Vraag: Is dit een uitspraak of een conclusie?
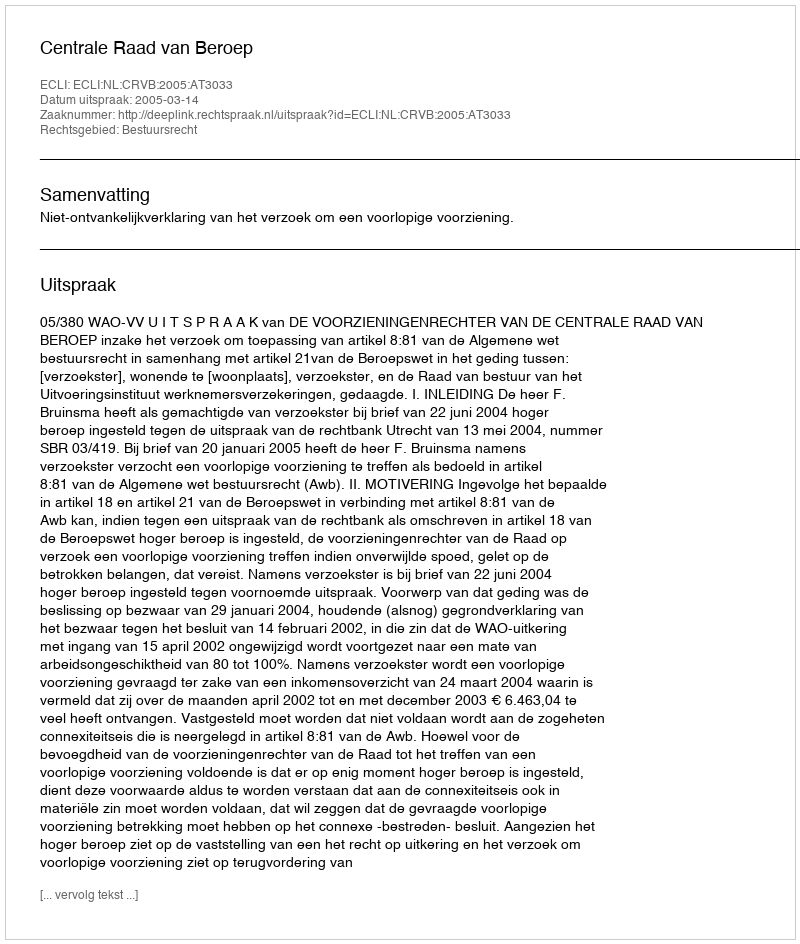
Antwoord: Uitspraak